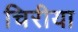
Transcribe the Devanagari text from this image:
चिरीया